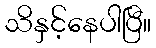
သိနှင့်နေပါပြီ။